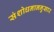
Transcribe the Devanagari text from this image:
संशोधनाननुसार